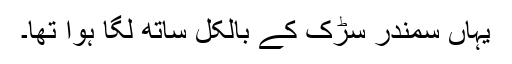
یہاں سمندر سڑک کے بالکل ساتھ لگا ہوا تھا۔